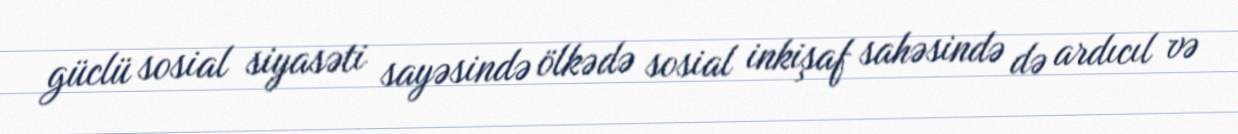
güclü sosial siyasəti sayəsində ölkədə sosial inkişaf sahəsində də ardıcıl və